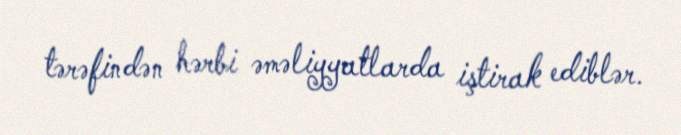
tərəfindən hərbi əməliyyatlarda iştirak ediblər.